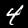
Digit: 4